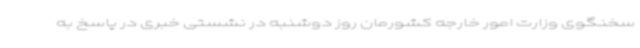
سخنگوی وزارت امور خارجه کشورمان روز دوشنبه در نشستی خبری در پاسخ به